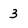
Character: 3